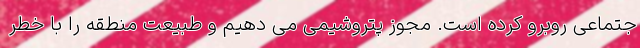
جتماعی روبرو کرده است. مجوز پتروشیمی می دهیم و طبیعت منطقه را با خطر